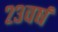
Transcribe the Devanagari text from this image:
२३वर्ष